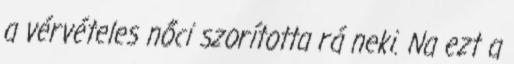
a vérvételes nőci szorította rá neki. Na ezt a